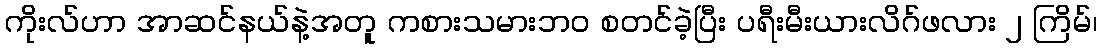
ကိုးလ်ဟာ အာဆင်နယ်နဲ့အတူ ကစားသမားဘဝ စတင်ခဲ့ပြီး ပရီးမီးယားလိဂ်ဖလား ၂ ကြိမ်၊